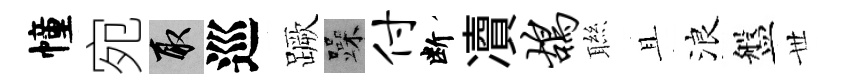
幢宛取巡蹶躁付断凟鸪聮且浪盤𠀍